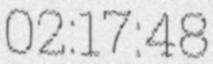
02:17:48